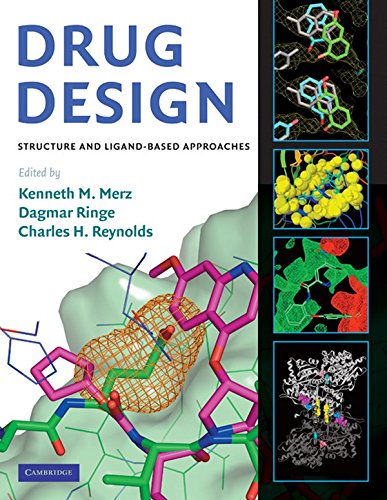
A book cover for Drug Design: Structure- and Ligand-Based Approaches; Medical Books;